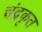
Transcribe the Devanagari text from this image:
चंद्रकृत